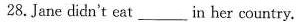
28.Jane didn't eat ___in her country.